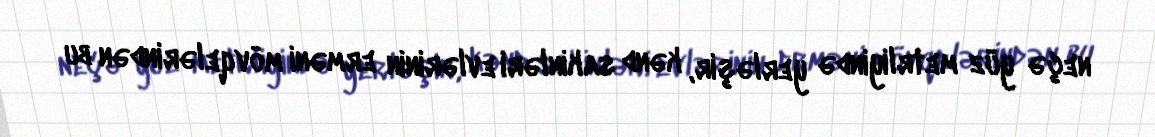
neçə yüz metrliyində yerləşir, kənd sakinləri evlərinin erməni mövqelərindən bu